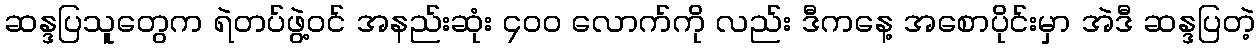
ဆန္ဒပြသူတွေက ရဲတပ်ဖွဲ့ဝင် အနည်းဆုံး ၄၀၀ လောက်ကို လည်း ဒီကနေ့ အစောပိုင်းမှာ အဲဒီ ဆန္ဒပြတဲ့